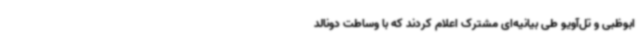
ابوظبی و تل‌آویو طی بیانیه‌ای مشترک اعلام کردند که با وساطت دونالد